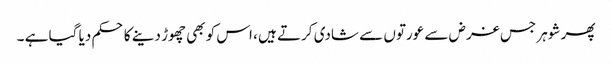
پھر شوہر جس غرض سے عورتوں سے شادی کرتے ہیں ، اس کو بھی چھوڑ دینے کا حکم دیا گیا ہے ۔